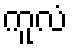
ကူလံ